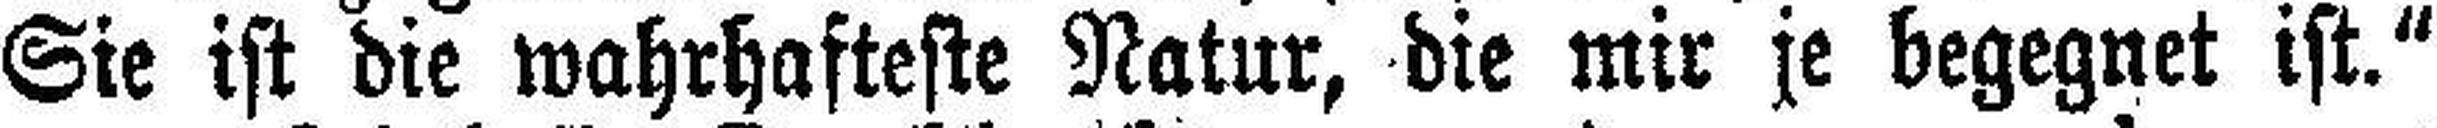
Sie ist die wahrhafteste Natur, die mir je begegnet ist."